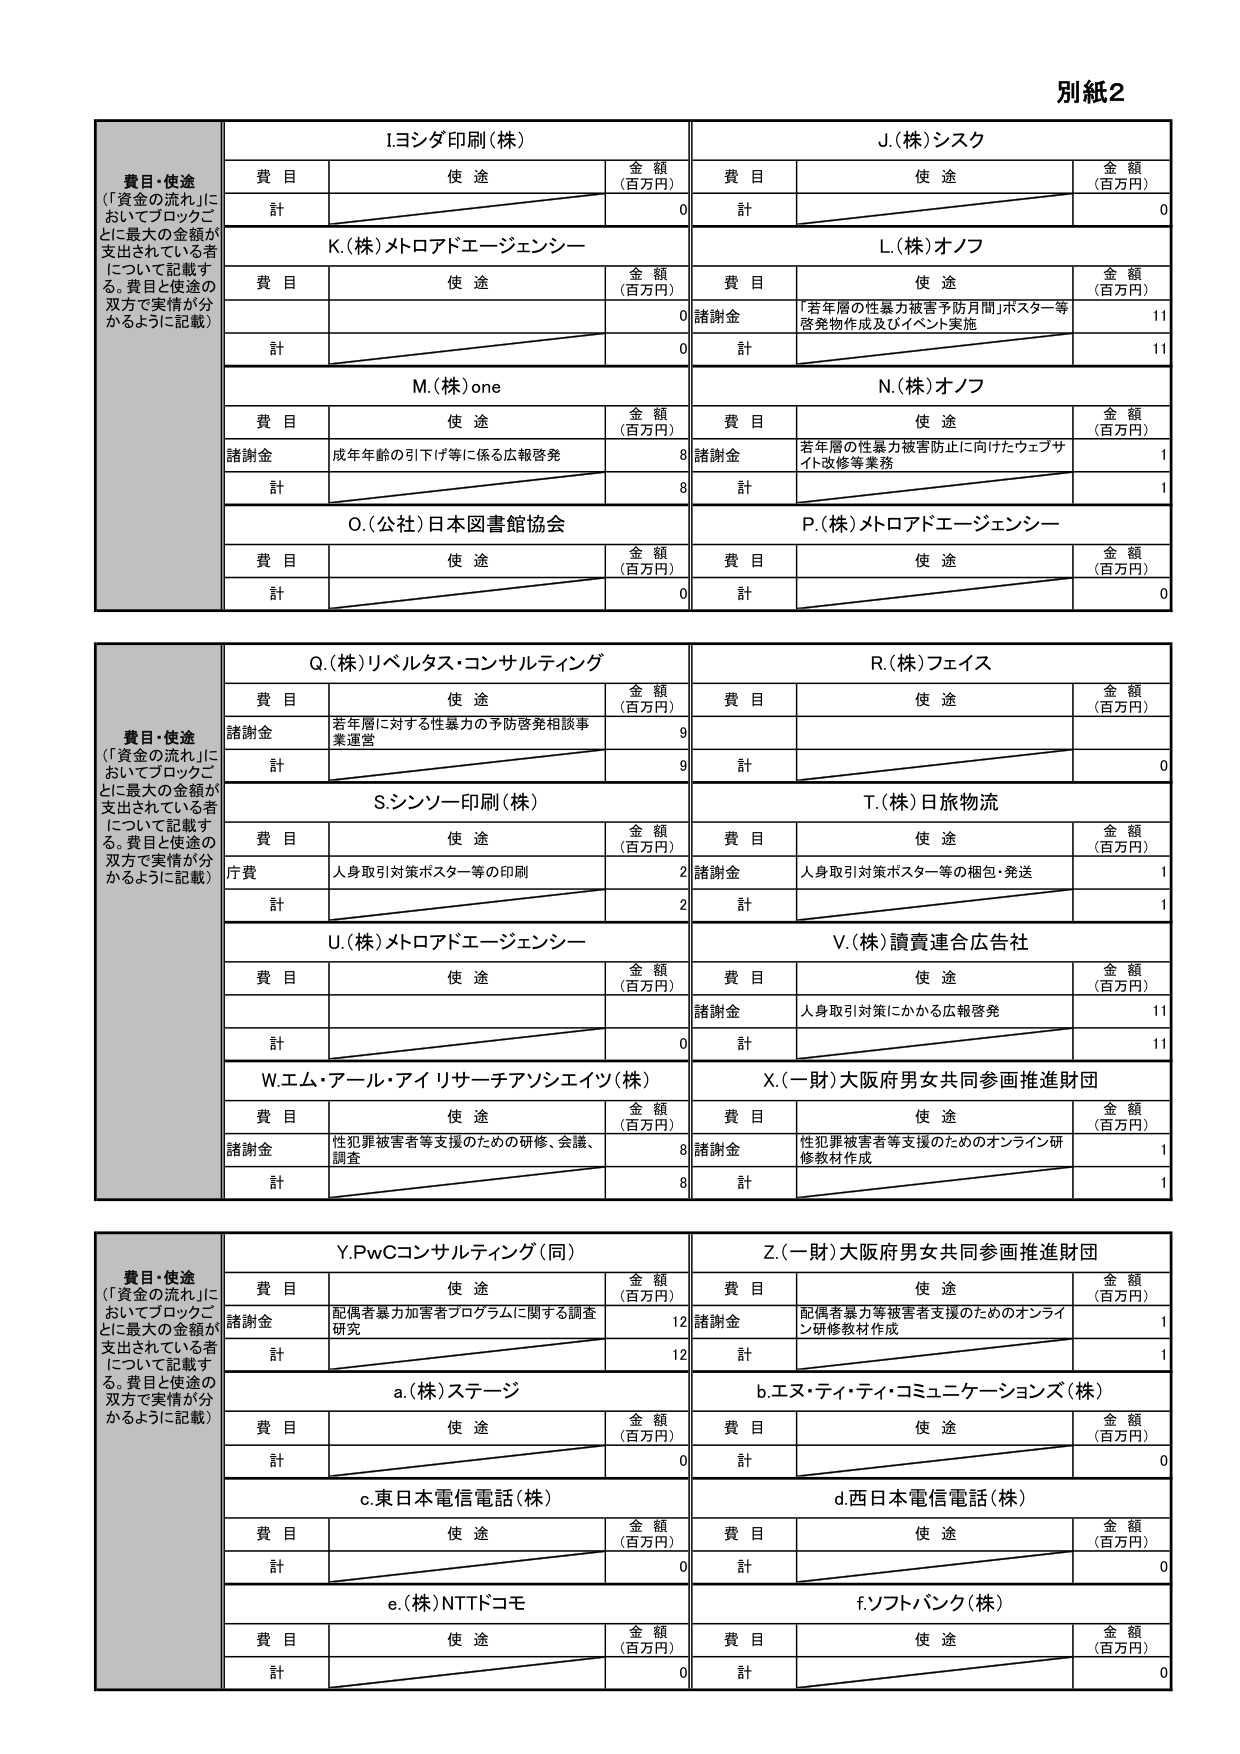
別紙2

費目・使途
（「資金の流れ」においてブロックごとに最大の金額が支出されている者について記載する。費目と使途の双方で実情が分かるように記載）

I.ヨシダ印刷（株）
費目　使途　金額（百万円）
計